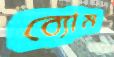
ব্যোম